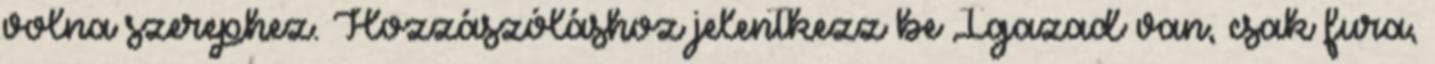
volna szerephez. Hozzászóláshoz jelentkezz be Igazad van, csak fura,